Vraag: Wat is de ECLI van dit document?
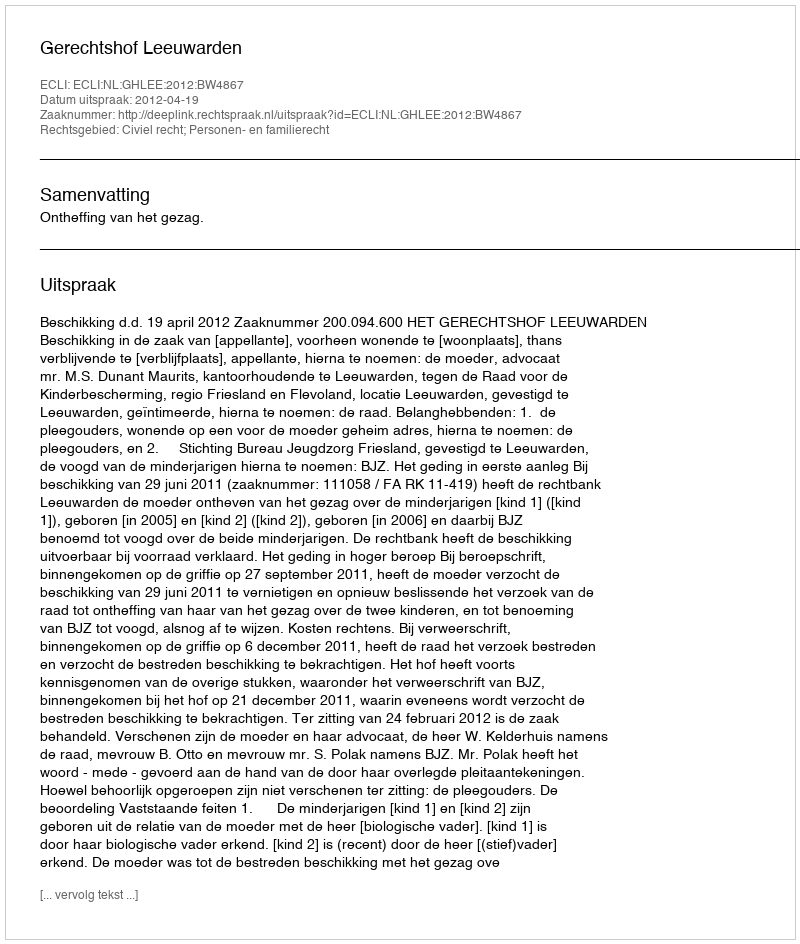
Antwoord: ECLI:NL:GHLEE:2012:BW4867